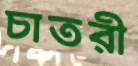
চাতরী